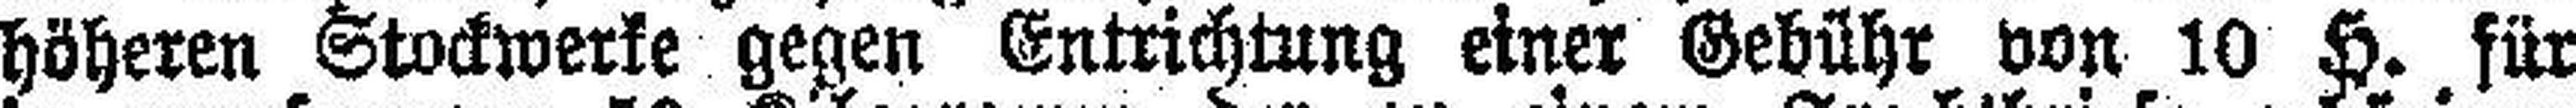
höheren Stockwerke gegen Entrichtung einer Gebühr von 10 H. für